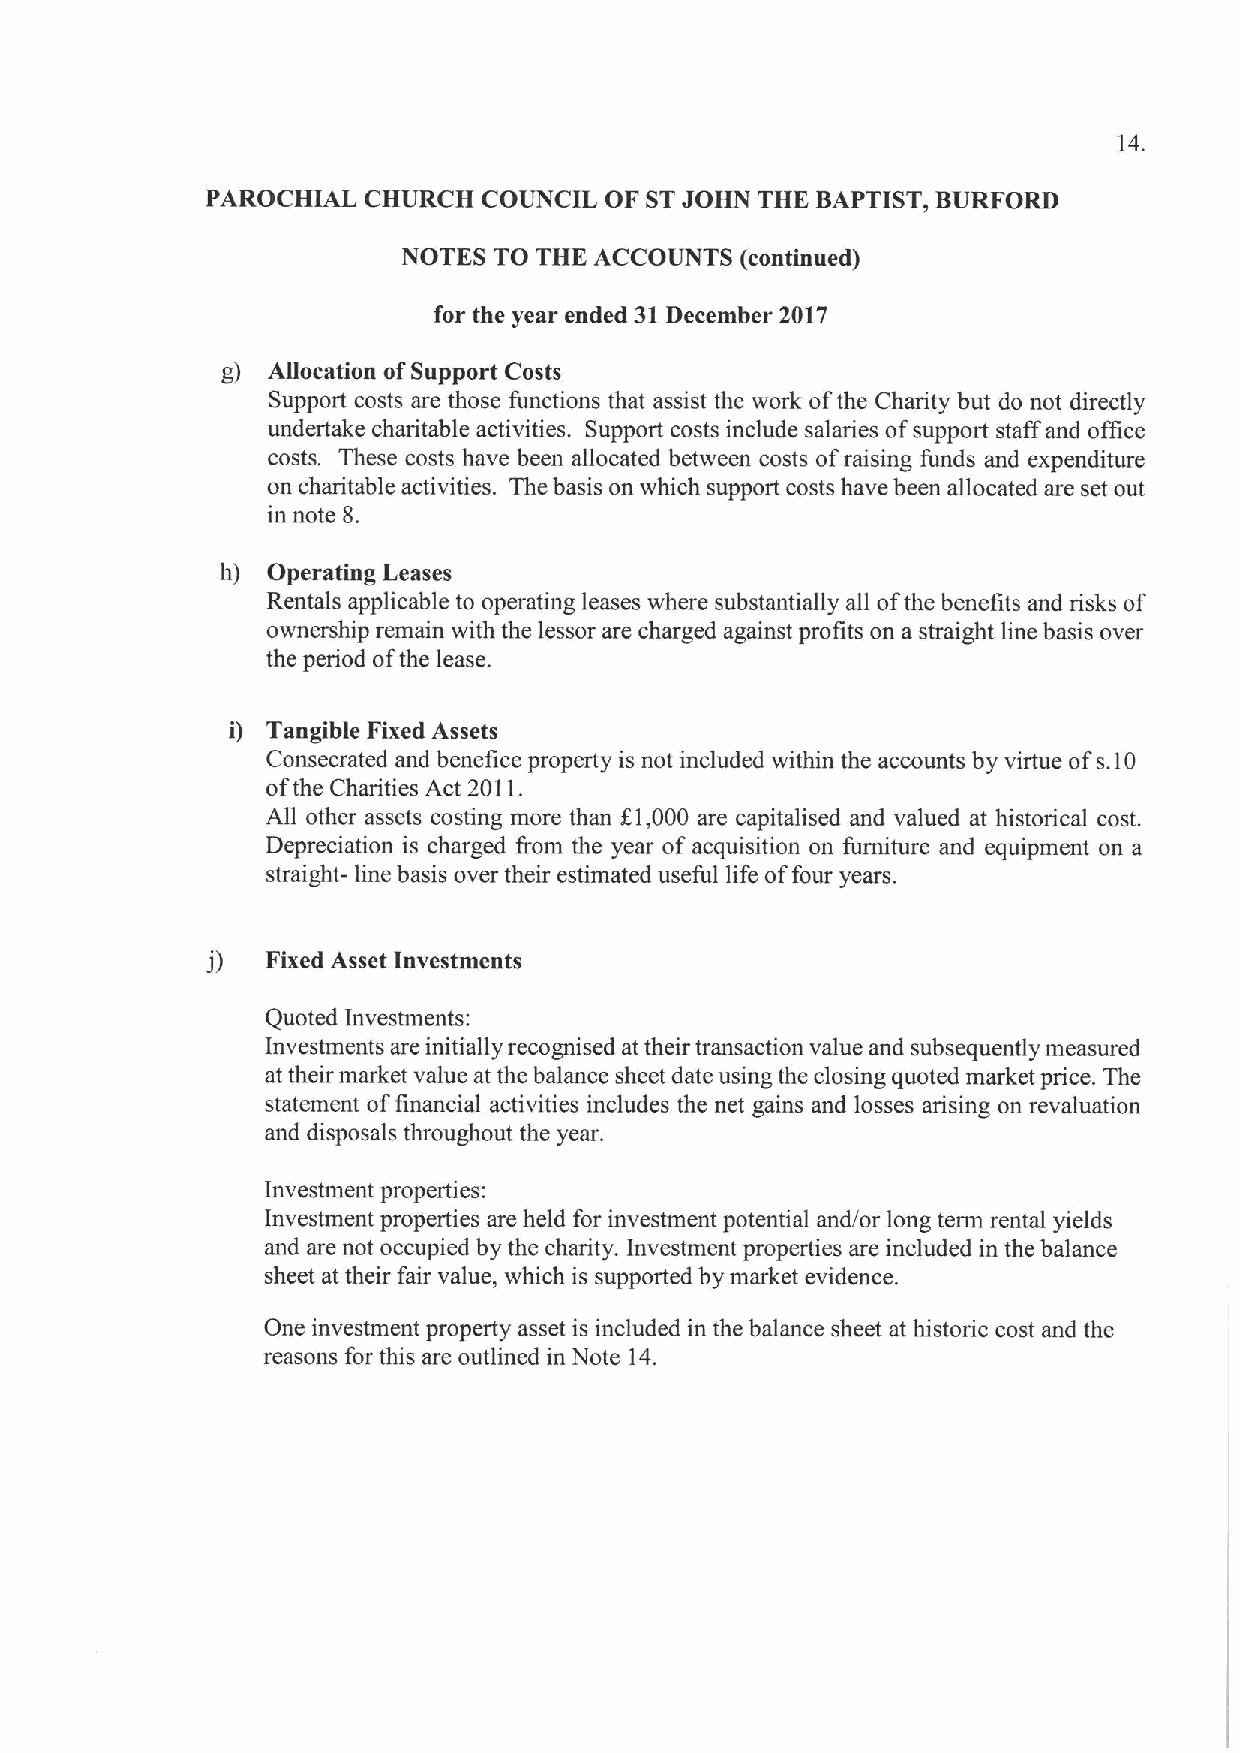
14.
 PAROCHIAL CHURCH  COUNCIL OF STJOHN THE BAPTIST, BURFORD
 NOTES TO THE ACCOUNTS (continued)
 for the year ended 31December 2017
 g) Allocation ofSupport Costs
 Support costs are those functions that assist the work ofthe Charity but do not directly
 undertake charitable activities. Support costs include salaries of support staff and office
 costs. These costs have been allocated between costs ofraising funds and expenditure
 on charitable activities. The basis on which support costs have been allocated are set out
 in note 8.
 Operating Leases
 Rentals applicable to operating leases where substanfially all ofthe benefits and risks of
 ownership remain with the lessor are charged against profits on a straight line basis over
 the period ofthe lease.
 Tangible Fixed Assets
 Consecrated and benefice property is not included within the accounts by virtue ofs.10
 ofthe Charities Act 2011.
 All other assets costing more than f,1,000 are capitalised and valued at historical cost.
 Depreciation is charged from the year of acquisition on furniture and equipment on a
 straight- line basis over their estimated useful life offour years.
 Fixed Asset Investments
 Quoted Investments:
 Investments are initially recognised at their transaction value and subsequently measured
 at their market value at the balance sheet date using the closing quoted market price. The
 statement offinancial activities includes the net gains and losses arising on revaluation
 and disposals throughout the year.
 Investment properties:
 Investment properties are held for investment potential and/or long term rental yields
 and are not occupied by the charity. Investment properties are included in the balance
 sheet at their fair value, which is supported by market evidence.
 One investment property asset is included in the balance sheet at historic cost and the
 reasons for this are outlined in Note 14.